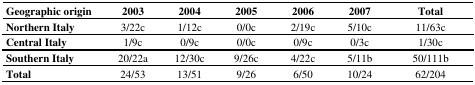
| Geographic origin | 2003 | 2004 | 2005 | 2006 | 2007 | Total |
 | --- | --- | --- | --- | --- | --- | --- |
 | Northern Italy | 3/22c | 1/12c | 0/0c | 2/19c | 5/10c | 11/63c |
 | Central Italy | 1/9c | 0/9c | 0/0c | 0/9c | 0/3c | 1/30c |
 | Southern Italy | 20/22a | 12/30c | 9/26c | 4/22c | 5/11b | 50/111b |
 | Total | 24/53 | 13/51 | 9/26 | 6/50 | 10/24 | 62/204 |